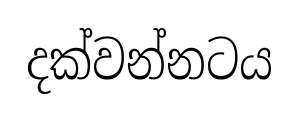
දක්වන්නටය